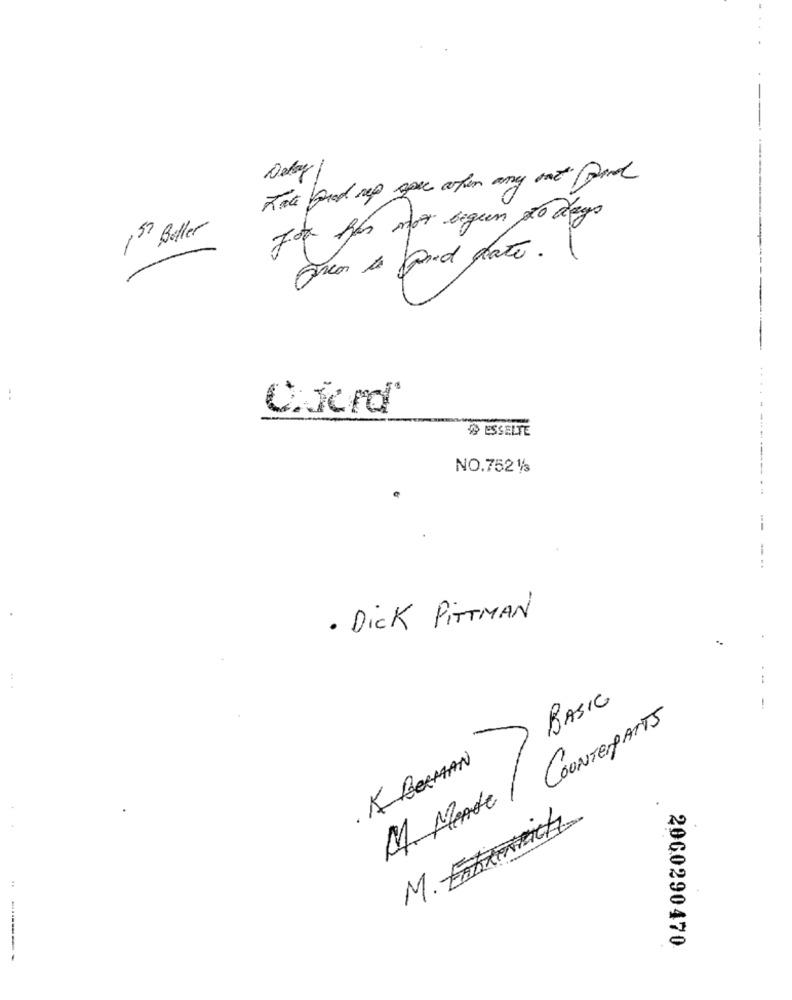
Delay
Jor has not begen to days
1th Boller
Arcos de pod date.
Chicrd
À ESSELTE
NO.7521/s
---
· Dick PITTMAN
.
--
BASIC
-
M. MAde / CounterPARTS
7
K BERMAN
M. Entreich
2060290470
------